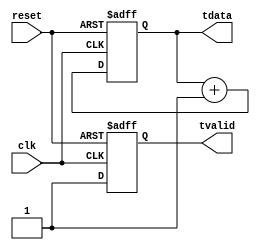
/* This is the traffic generator module. This
	generate data to be sent over the NoC to the
	traffic processor module*/
	
module traffic_generator(
    clk,
    reset,
    tdata,
    tvalid
);

parameter noc_dw = 32; //NoC Data Width
parameter byte_dw = 8; 

/*****************INPUT/OUTPUT Definition********************/
input wire clk;
input wire reset;

output reg [noc_dw - 1 : 0] tdata;
output reg tvalid;

/******************Sequential Logic*************************/
//a simple counter to test functionality
always @ (posedge clk, posedge reset)
begin

	if(reset == 1'b1) begin
		tdata <= 0;
      tvalid <= 1'b0;
	end
	else begin
		tdata <= tdata + 1;
		tvalid <= 1'b1;
	end
end

endmodule